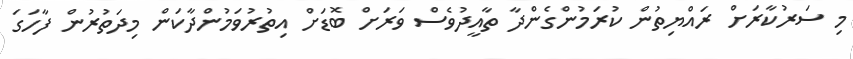
މި ސަރުކާރަށް ރައްޔިތުން ކުރަމުންގެންދާ ތާއީދުވެސް ވަރަށް ބޮޑަށް އިތުރުވަމުންދާކަން މިދަތުރުން ފާހަގަ